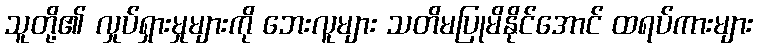
သူတို့၏ လှုပ်ရှားမှုများကို ဘေးလူများ သတိမပြုမိနိုင်အောင် ထရပ်ကားများ